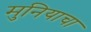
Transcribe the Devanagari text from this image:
मुनियाचा